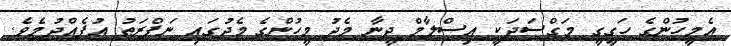
އެމީހުންގެ ހަގީގީ މަގްސަދަކީ އިސްލާމް ދީނާ މެދު މީހުންގެ މެދުގައި ނަފްރަތު އުފެއްދުމެވެ.